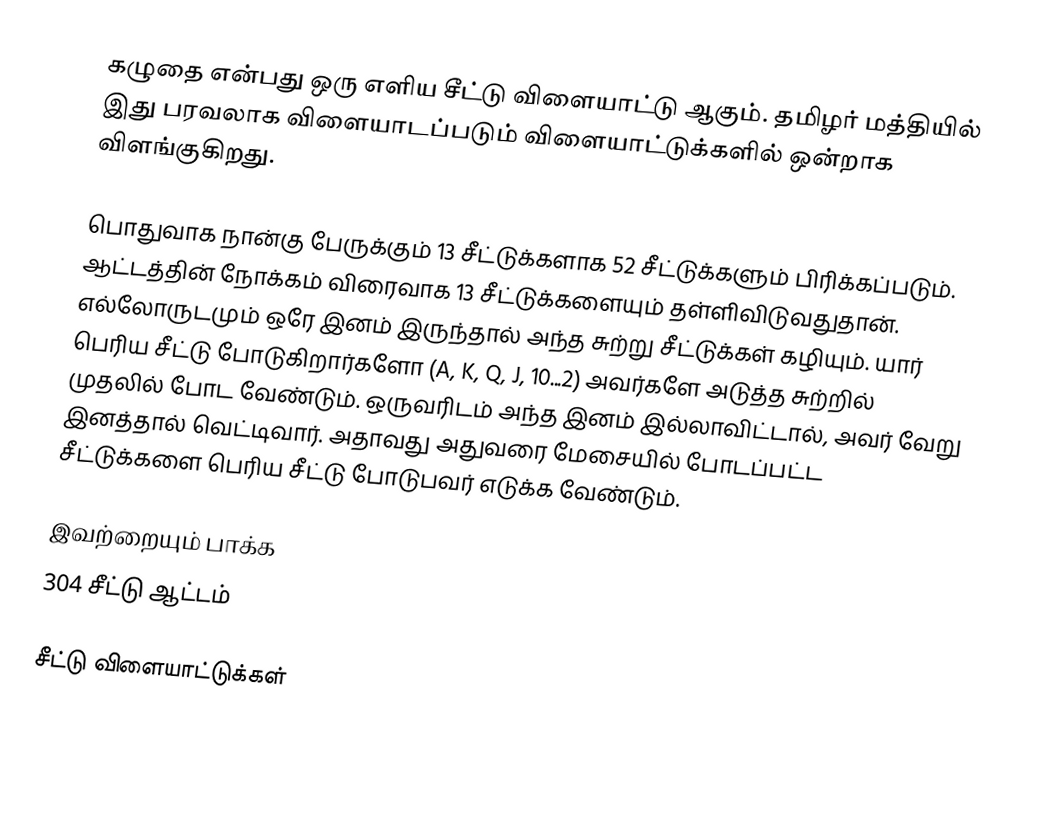
கழுதை என்பது ஒரு எளிய சீட்டு விளையாட்டு ஆகும். தமிழர் மத்தியில் இது பரவலாக விளையாடப்படும் விளையாட்டுக்களில் ஒன்றாக விளங்குகிறது.

பொதுவாக நான்கு பேருக்கும் 13 சீட்டுக்களாக 52 சீட்டுக்களும் பிரிக்கப்படும்.  ஆட்டத்தின் நோக்கம் விரைவாக 13 சீட்டுக்களையும் தள்ளிவிடுவதுதான்.  எல்லோருடமும் ஒரே இனம் இருந்தால் அந்த சுற்று சீட்டுக்கள் கழியும்.  யார் பெரிய சீட்டு போடுகிறார்களோ (A, K, Q, J, 10...2) அவர்களே அடுத்த சுற்றில் முதலில் போட வேண்டும்.  ஒருவரிடம் அந்த இனம் இல்லாவிட்டால், அவர் வேறு இனத்தால் வெட்டிவார்.  அதாவது அதுவரை மேசையில் போடப்பட்ட சீட்டுக்களை பெரிய சீட்டு போடுபவர் எடுக்க வேண்டும்.

இவற்றையும் பாக்க
 304 சீட்டு ஆட்டம்

சீட்டு விளையாட்டுக்கள்